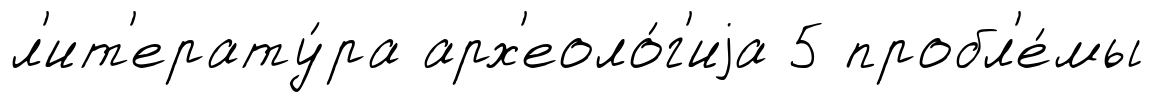
л'ит'ерату́ра арх'еоло́г'иjа 5 пробл'е́мы